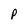
Character: p